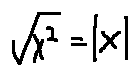
\sqrt { x ^ { 2 } } = | x |